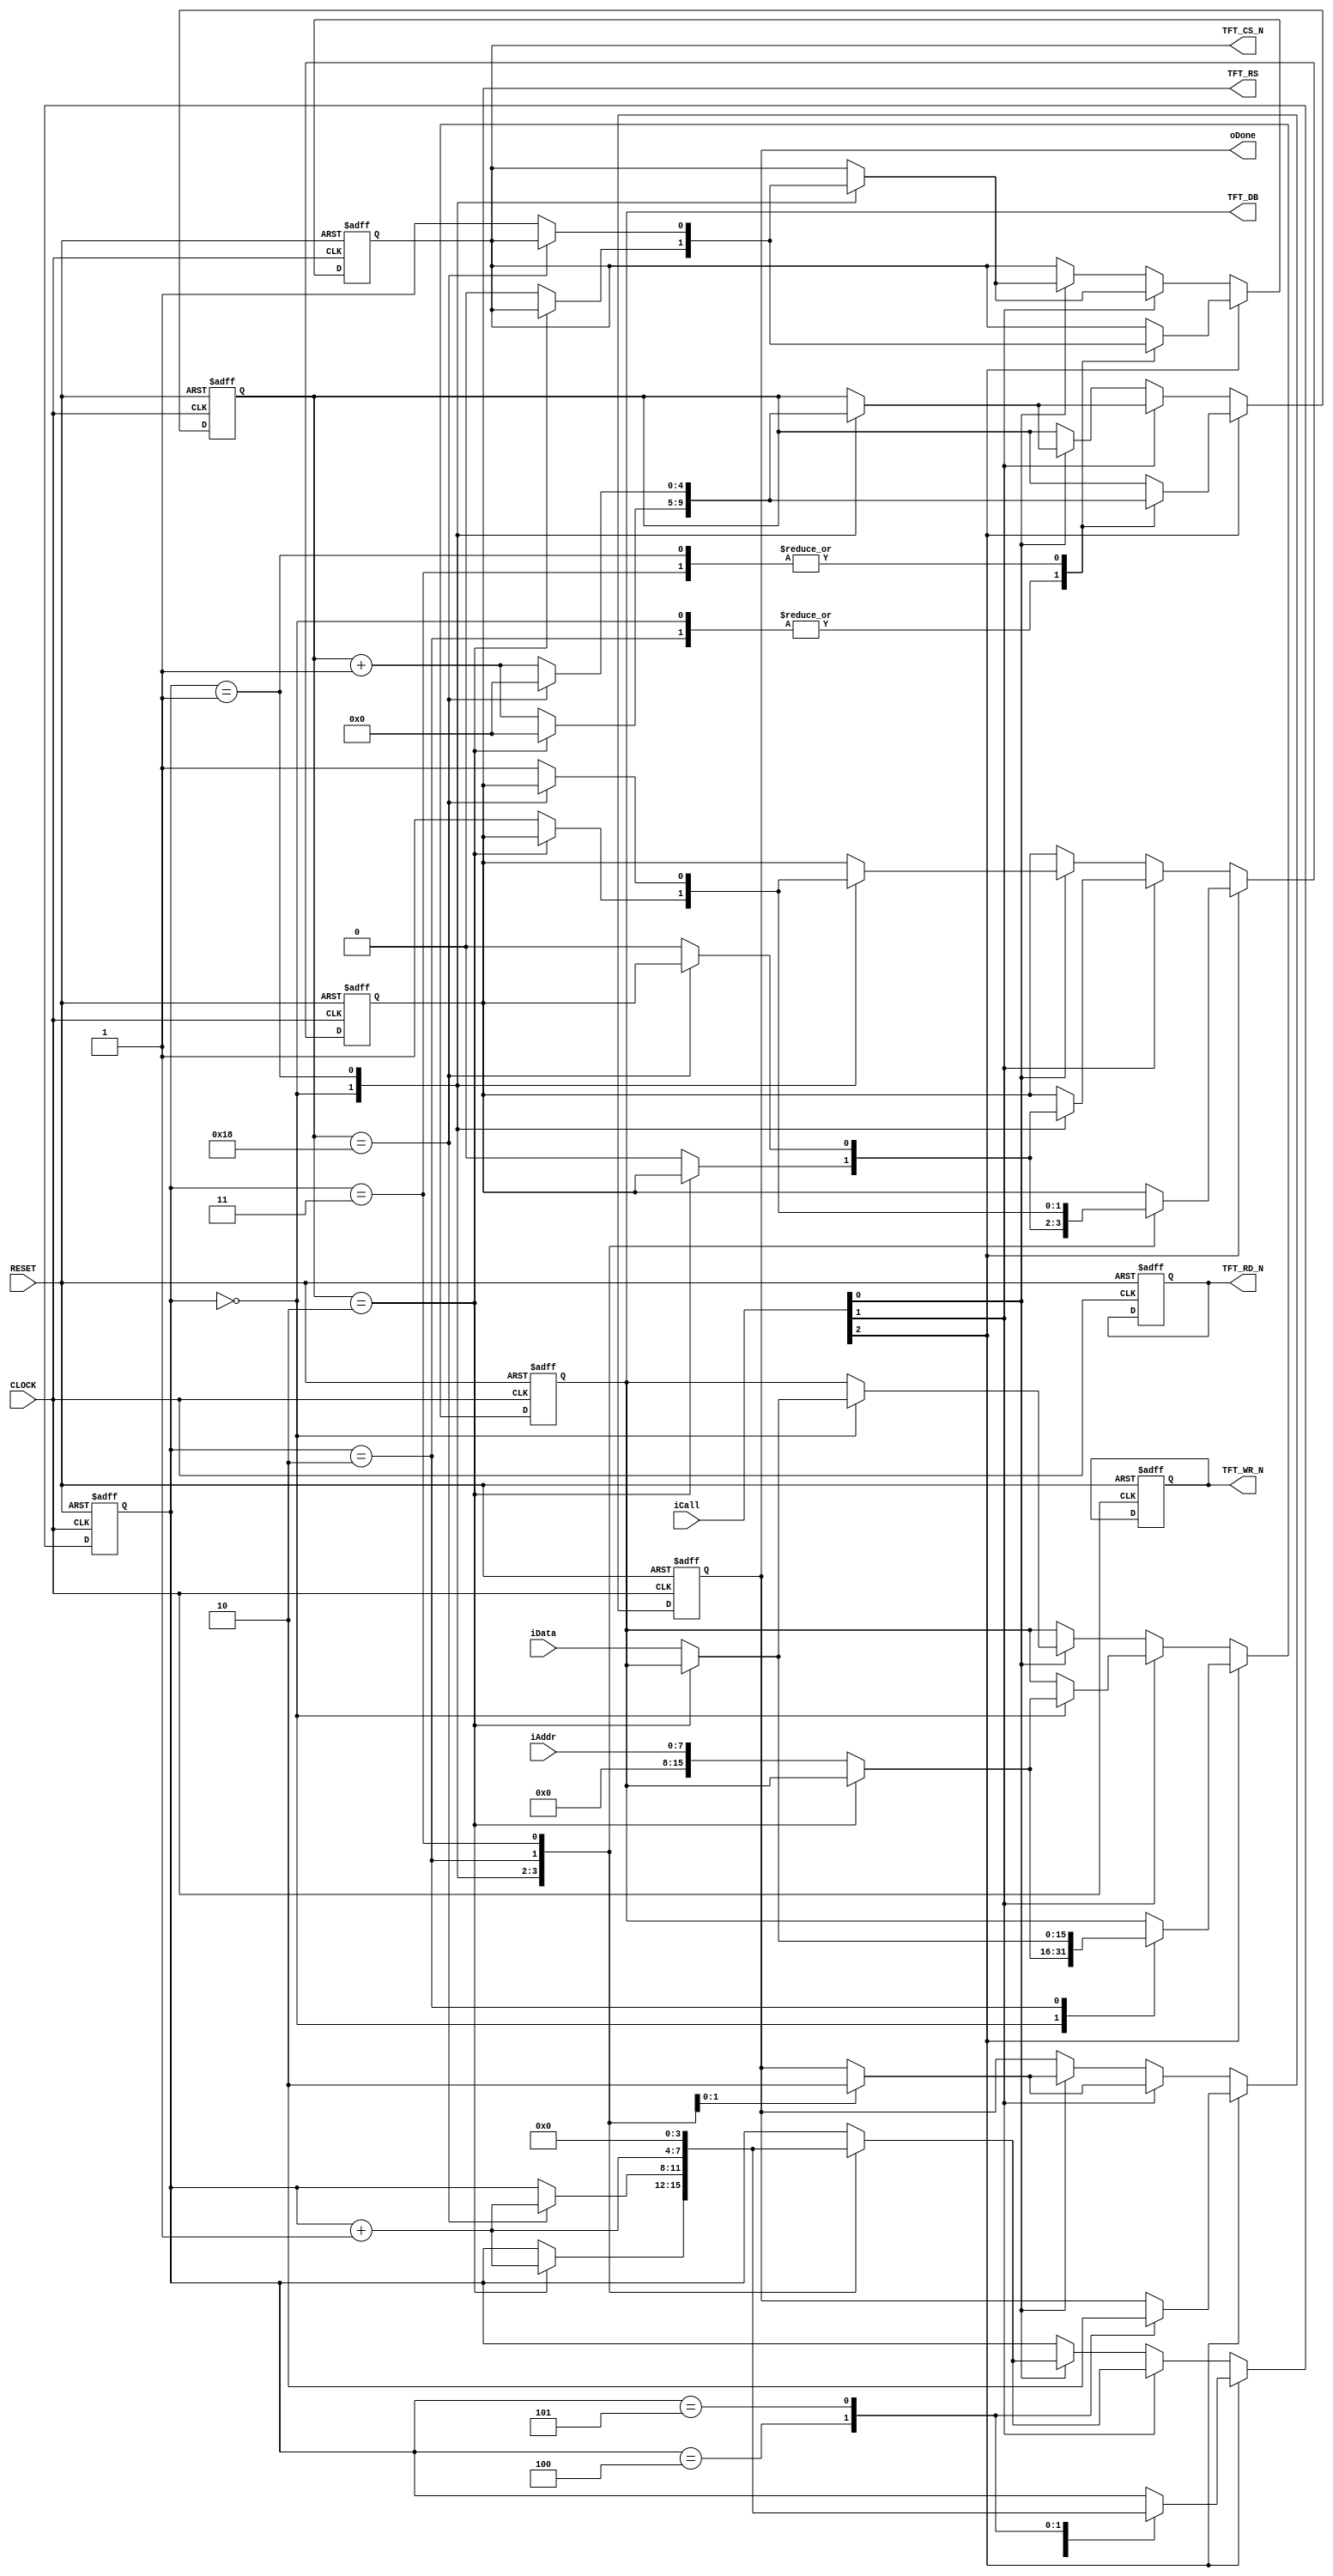
module tft_funcmod
(
    input CLOCK, RESET,
	 output TFT_RS,     // 1 = Data, 0 = Command(Register)
	 output TFT_CS_N,  
	 output TFT_WR_N,
	 output TFT_RD_N,
	 output [15:0]TFT_DB,
	 input [2:0]iCall,  // 1 = Command, 0 = Data
	 output oDone,
	 input [7:0]iAddr,
	 input [15:0]iData
);
	 parameter TCSL = 3, TCSH = 25; // tCSL = 50ns, tCSH = 500ns;
	 
	 reg [3:0]i;
	 reg [4:0]C1;
	 reg [15:0]D1;
	 reg rRS,rCS,rWR,rRD;
	 reg isDone;
	 
    always @ ( posedge CLOCK or negedge RESET )
        if( !RESET )
		      begin
				    i <= 4'd0;
					 C1 <= 5'd0;
					 D1 <= 16'd0;
					 { rRS, rCS, rWR, rRD } <= 4'b1101;
					 isDone <= 1'b0;
				end
		  else if( iCall[2] ) // Write command and data
		      case( i )
				    
					 0:
                if( C1 == TCSL -1 ) begin C1 <= 5'd0; i <= i + 1'b1; end
					 else begin { rRS,rCS } <= 2'b00; D1 <= { 8'd0, iAddr }; C1 <= C1 + 1'b1; end
					 
					 1:
                if( C1 == TCSH -1 ) begin C1 <= 5'd0; i <= i + 1'b1; end
					 else begin { rRS,rCS } <= 2'b01; C1 <= C1 + 1'b1; end
					 
					 2:
                if( C1 == TCSL -1 ) begin C1 <= 5'd0; i <= i + 1'b1; end
					 else begin { rRS,rCS } <= 2'b10; D1 <= iData; C1 <= C1 + 1'b1; end
					 
					 3:
                if( C1 == TCSH -1 ) begin C1 <= 5'd0; i <= i + 1'b1; end
					 else begin { rRS,rCS } <= 2'b11; C1 <= C1 + 1'b1; end
					 
					 4:
					 begin isDone <= 1'b1; i <= i + 1'b1; end
					 
					 5:
					 begin isDone <= 1'b0; i <= 4'd0; end
				    
				endcase
		  else if( iCall[1] ) // Write command 
		      case( i )
				    
					 0:
                if( C1 == TCSL -1 ) begin C1 <= 5'd0; i <= i + 1'b1; end
					 else begin { rRS,rCS } <= 2'b00; D1 <= { 8'd0, iAddr }; C1 <= C1 + 1'b1; end
					 
					 1:
                if( C1 == TCSH -1 ) begin C1 <= 5'd0; i <= i + 1'b1; end
					 else begin { rRS,rCS } <= 2'b01; C1 <= C1 + 1'b1; end
					 
					 2:
					 begin isDone <= 1'b1; i <= i + 1'b1; end
					 
					 3:
					 begin isDone <= 1'b0; i <= 4'd0; end
				    
				endcase
		 else if( iCall[0] ) // Write data
		      case( i )
				    
					 0:
                if( C1 == TCSL -1 ) begin C1 <= 5'd0; i <= i + 1'b1; end
					 else begin { rRS,rCS } <= 2'b10; D1 <= iData; C1 <= C1 + 1'b1; end
					 
					 1:
                if( C1 == TCSH -1 ) begin C1 <= 5'd0; i <= i + 1'b1; end
					 else begin { rRS,rCS } <= 2'b11; C1 <= C1 + 1'b1; end
					 
					 2:
					 begin isDone <= 1'b1; i <= i + 1'b1; end
					 
					 3:
					 begin isDone <= 1'b0; i <= 4'd0; end
				    
				endcase
				
    assign TFT_DB = D1;
	 assign TFT_RS = rRS;
	 assign TFT_CS_N = rCS;
	 assign TFT_WR_N = rWR;
	 assign TFT_RD_N = rRD;
	 assign oDone = isDone;
		
endmodule